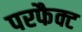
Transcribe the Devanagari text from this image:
परफैक्ट